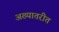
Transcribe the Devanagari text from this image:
अख्यातरीत